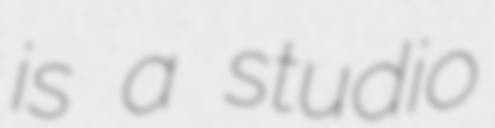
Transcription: is a studio